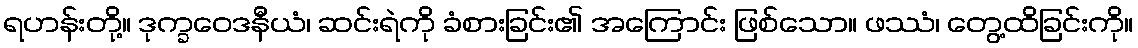
ရဟန်းတို့။ ဒုက္ခဝေဒနီယံ၊ ဆင်းရဲကို ခံစားခြင်း၏ အကြောင်း ဖြစ်သော။ ဖဿံ၊ တွေ့ထိခြင်းကို။